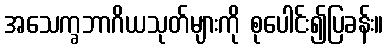
အသေက္ခဘာဂိယသုတ်များကို စုပေါင်း၍ပြခန်း။